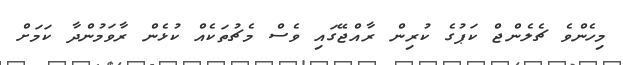
މިހެންވެ ޗެލެންޖް ކަޕުގެ ކުރިން ރާއްޖޭގައި ވެސް މެޗުތަކެއް ކުޅެން ރާވަމުންދާ ކަމަށް